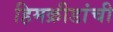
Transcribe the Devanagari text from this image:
हिमक्रीडांची